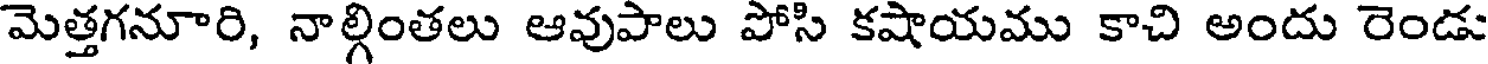
మెత్తగనూరి, నాల్గింతలు ఆవుపాలు పోసి కషాయము కాచి అందు రెండు